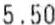
5.50